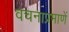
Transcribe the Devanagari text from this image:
वचनाप्रमाणें